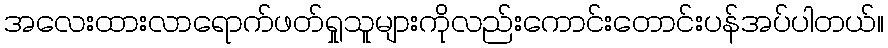
အလေးထားလာရောက်ဖတ်ရှုသူများကိုလည်းကောင်းတောင်းပန်အပ်ပါတယ်။